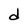
Character: d